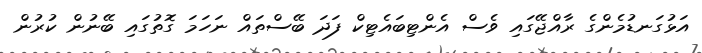
އަޅުގަނޑުމެންގެ ރާއްޖޭގައި ވެސް އެންޓިބައެޓިކް ފަދަ ބޭސްތައް ނަހަމަ ގޮތުގައި ބޭނުން ކުރުން